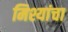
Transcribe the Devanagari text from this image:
मिश्यांचा